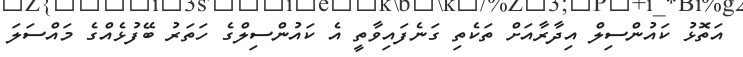
އަތޮޅު ކައުންސިލް އިދާރާއަށް ތަކެތި ގަނެފައިވާތީ އެ ކައުންސިލްގެ ހަތަރު ބޭފުޅެއްގެ މައްސަލަ